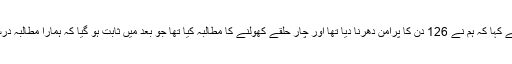
انہوں نے کہا کہ ہم نے 126 دن کا پرامن دھرنا دیا تھا اور چار حلقے کھولنے کا مطالبہ کیا تھا جو بعد میں ثابت ہو گیا کہ ہمارا مطالبہ درست تھا۔